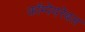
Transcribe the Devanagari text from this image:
कॉम्पेयरेबल